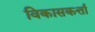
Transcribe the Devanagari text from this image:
विकासकर्त्ता